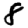
Digit: 8